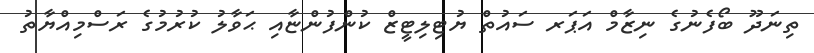
ތިނަދޫ ބޯފެނުގެ ނިޒާމް އަޕަރ ސައުތް ޔުޓިލިޓީޒް ކުންފުންޏާއި ޙަވާލު ކުރުމުގެ ރަސްމިއްޔާތު